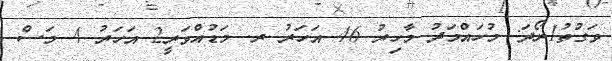
ވަގުތު1ރޯދަ: މުހައްމަދު މާހިރު 46 އަހަރު ރ. މަޑުއްވަރީ2 އަހަރު 4 މަސް